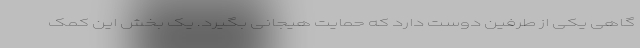
گاهی یکی از طرفین دوست دارد که حمایت هیجانی بگیرد. یک بخش‌ این کمک